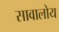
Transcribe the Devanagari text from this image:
सावालोय